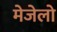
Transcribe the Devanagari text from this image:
मेजेलो